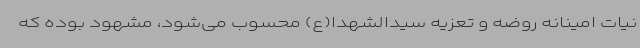
نیات امینانه روضه و تعزیه سیدالشهدا(ع) محسوب می‌شود، مشهود بوده که